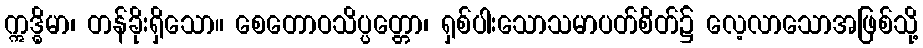
ဣဒ္ဓိမာ၊ တန်ခိုးရှိသော။ စေတောဝသိပ္ပတ္တော၊ ရှစ်ပါးသောသမာပတ်စိတ်၌ လေ့လာသောအဖြစ်သို့